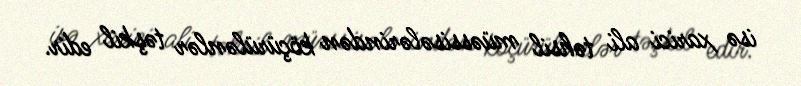
isə xarici ali təhsil müəssisələrindən köçürülənlər təşkil edir.